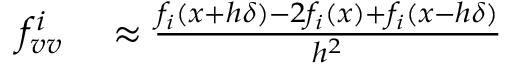
\begin{array} { r l } { f _ { v v } ^ { i } } & { { } \approx { \frac { f _ { i } ( { \boldsymbol { x } } + h { \boldsymbol { \delta } } ) - 2 f _ { i } ( { \boldsymbol { x } } ) + f _ { i } ( { \boldsymbol { x } } - h { \boldsymbol { \delta } } ) } { h ^ { 2 } } } } \end{array}